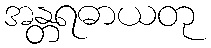
အန္တရဓာယတု